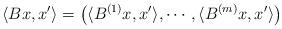
LaTeX: \begin{align*}\langle Bx,x' \rangle = \left(\langle B^{(1)} x,x' \rangle, \cdots, \langle B^{(m)} x,x' \rangle \right) \end{align*}